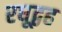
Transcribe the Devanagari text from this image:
रघूद्वह